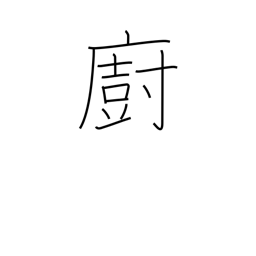
Meaning: kitchen